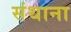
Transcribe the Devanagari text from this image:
संथाना